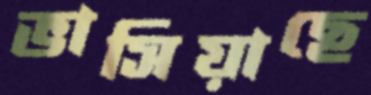
ভাসিয়াছে